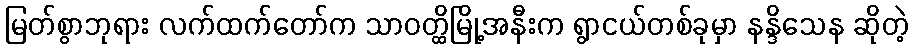
မြတ်စွာဘုရား လက်ထက်တော်က သာဝတ္ထိမြို့အနီးက ရွာငယ်တစ်ခုမှာ နန္ဒိသေန ဆိုတဲ့